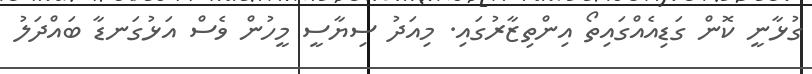
ގުޅާނީ ކޮން ގަޑިއެއްގައިތޯ އިންތިޒާރުގައި. މިއަދު ސިޔާސީ މީހުން ވެސް އަޅުގަނޑާ ބައްދަލު